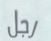
رجل